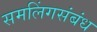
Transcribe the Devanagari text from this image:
समलिंगसंबंध